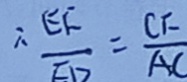
\therefore \frac { E F } { F D } = \frac { C F } { A C }